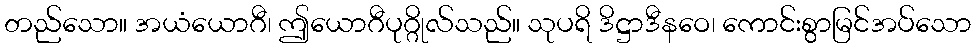
တည်သော။ အယံယောဂီ၊ ဤယောဂီပုဂ္ဂိုလ်သည်။ သုပရိ ဒိဋ္ဌာဒီနဝေ၊ ကောင်းစွာမြင်အပ်သော